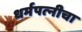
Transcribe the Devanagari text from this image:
धर्मपत्‍नीचा